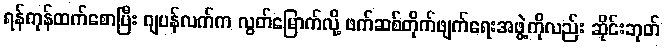
ရန်ကုန်ထက်စောပြီး ဂျပန်လက်က လွတ်မြောက်လို့ ဖက်ဆစ်တိုက်ဖျက်ရေးအဖွဲ့ကိုလည်း ဆိုင်းဘုတ်